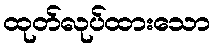
ထုတ်လုပ်ထားသော